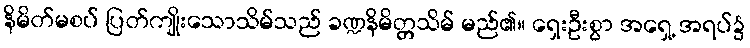
နိမိတ်မစပ် ပြတ်ကျိုးသောသိမ်သည် ခဏ္ဍနိမိတ္တသိမ် မည်၏။ ရှေးဦးစွာ အရှေ့ အရပ်၌